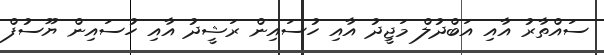
ސައްތާރު އާއި އަބްދުލް މަޖީދު އާއި ހުސައިން ރަޝީދު އާއި ހުސައިން ޔޫސުފް